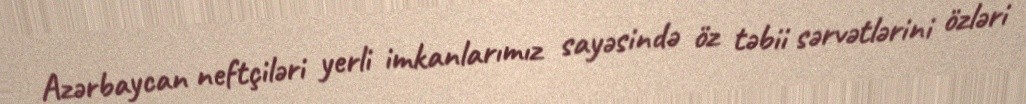
Azərbaycan neftçiləri yerli imkanlarımız sayəsində öz təbii sərvətlərini özləri